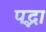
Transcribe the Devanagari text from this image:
पद्भा